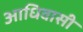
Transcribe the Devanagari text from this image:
आधिवासी